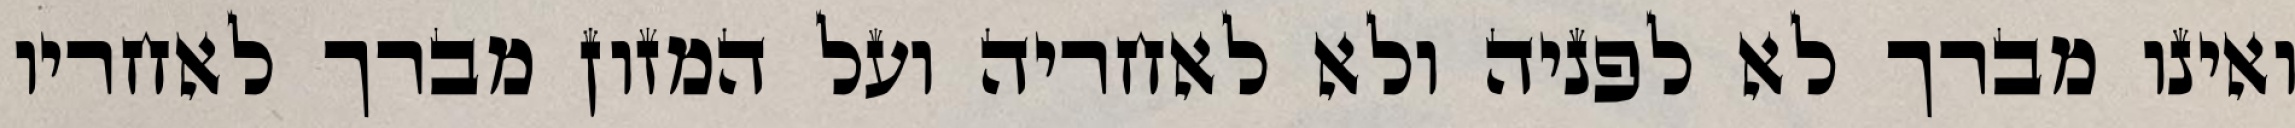
ואינו מברך לא לפניה ולא לאחריה ועל המזון מברך לאחריו